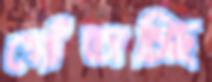
গোঁতাচ্ছি